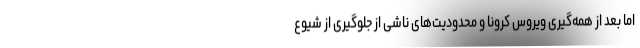
اما بعد از همه‌گیری ویروس کرونا و محدودیت‌های ناشی از جلوگیری از شیوع